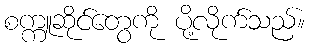
စက္ကူဆိုင်တွေကို ပို့လိုက်သည်။